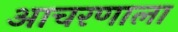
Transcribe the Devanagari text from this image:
आचरणाला